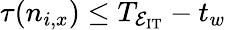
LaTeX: \tau(n_{i,x})\leq T_{\mathcal{E_{\mathrm{IT}}}}-t_{w}